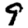
Digit: 9